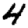
Digit: 4